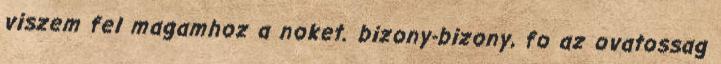
viszem fel magamhoz a noket. bizony-bizony, fo az ovatossag